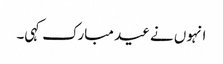
انہوں نے عید مبارک کہی۔